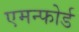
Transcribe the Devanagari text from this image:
एमन्फोर्ड